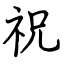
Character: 祝